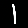
Digit: 1